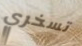
تسخري